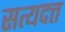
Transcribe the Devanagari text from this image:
सत्यदत्त